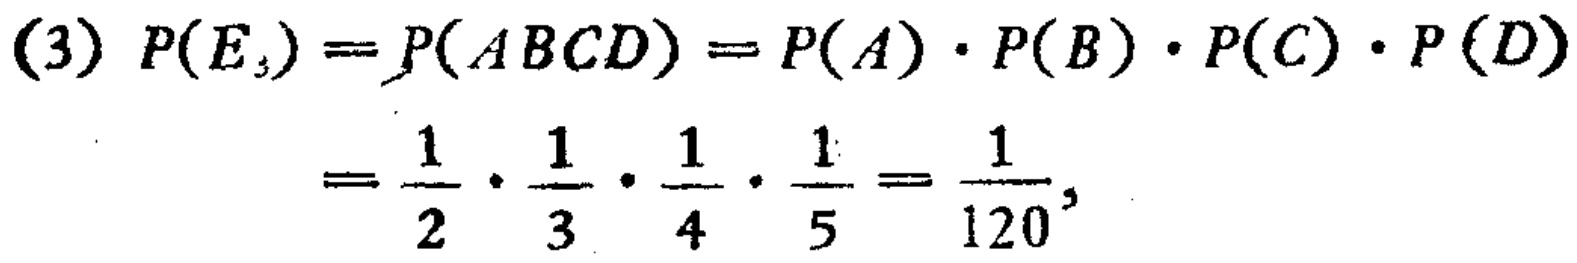
(3) \(P(E_{3}) = P(ABCD)=P(A)\cdot P(B)\cdot P(C)\cdot P(D)\)

\(=\frac{1}{2}\cdot\frac{1}{3}\cdot\frac{1}{4}\cdot\frac{1}{5}=\frac{1}{120}\)